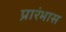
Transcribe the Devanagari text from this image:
प्रारंभास